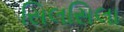
સિલસિલા